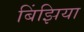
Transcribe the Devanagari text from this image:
बिंझिया